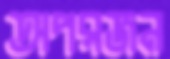
অপরজন